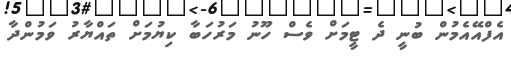
އެފްއޭއެމުން ބުނީ ދެ ޓީމަށް ވެސް ހޫނު މަރުހަބާ ކިޔުމަށް ތައްޔާރު ވަމުންދާ